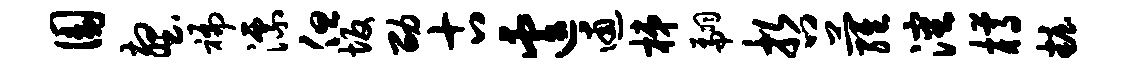
圜壑褊漂但坂劭古遽逋梯翩哲萝沈樽妆